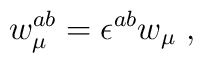
w_\mu^{ab}= \epsilon^{ab} w_\mu\; ,